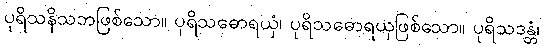
ပုရိသနိသဘဖြစ်သော။ ပုရိသဓောရယှံ၊ ပုရိသဓောရယှဖြစ်သော။ ပုရိသဒန္တံ၊